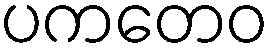
ပကတေဝ